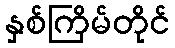
နှစ်ကြိမ်တိုင်